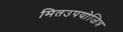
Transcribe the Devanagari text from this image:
मितउपयोजित्र